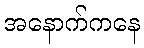
အနောက်ကနေ